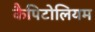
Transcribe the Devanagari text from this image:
कैपिटोलियम